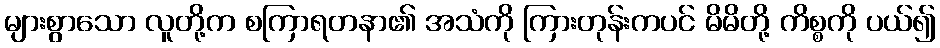
များစွာသော လူတို့က စကြာရတနာ၏ အသံကို ကြားတုန်းကပင် မိမိတို့ ကိစ္စကို ပယ်၍